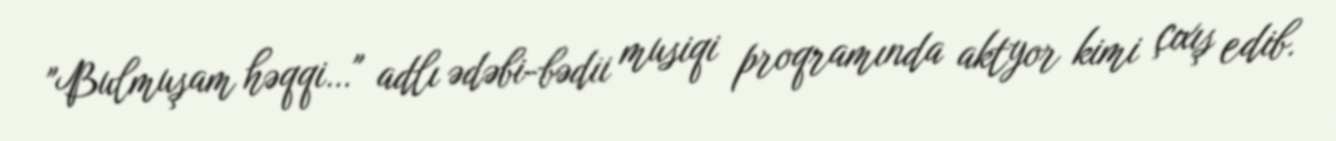
"Bulmuşam həqqi…" adlı ədəbi-bədii musiqi proqramında aktyor kimi çıxış edib.